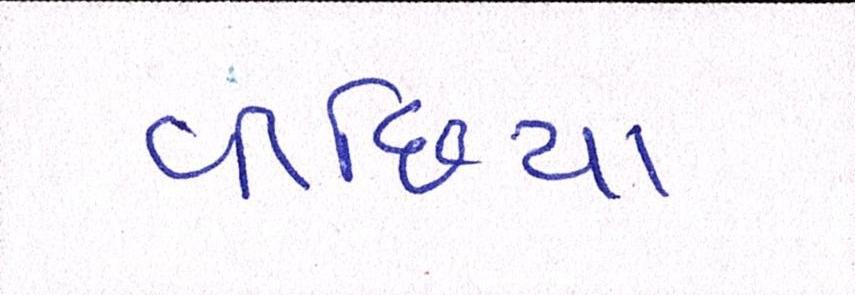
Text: વીંછિયા